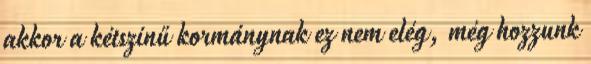
akkor a kétszínű kormánynak ez nem elég, még hozzunk